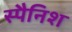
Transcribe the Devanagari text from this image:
स्‍पैनिश